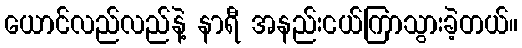
ယောင်လည်လည်နဲ့ နာရီ အနည်းငယ်ကြာသွားခဲ့တယ်။